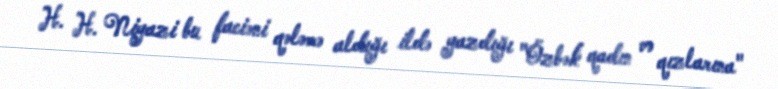
H. H. Niyazi bu faciəni qələmə aldığı ildə yazdığı "Özbək qadın və qızlarına"